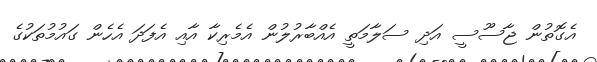
އެގޮތުން ޖާސޫސީ އަދި ސަލާމަތީ އެއްބާރުލުން އެމެރިކާ އާއި އެފަދަ އެހެން ގައުމުތަކުގެ